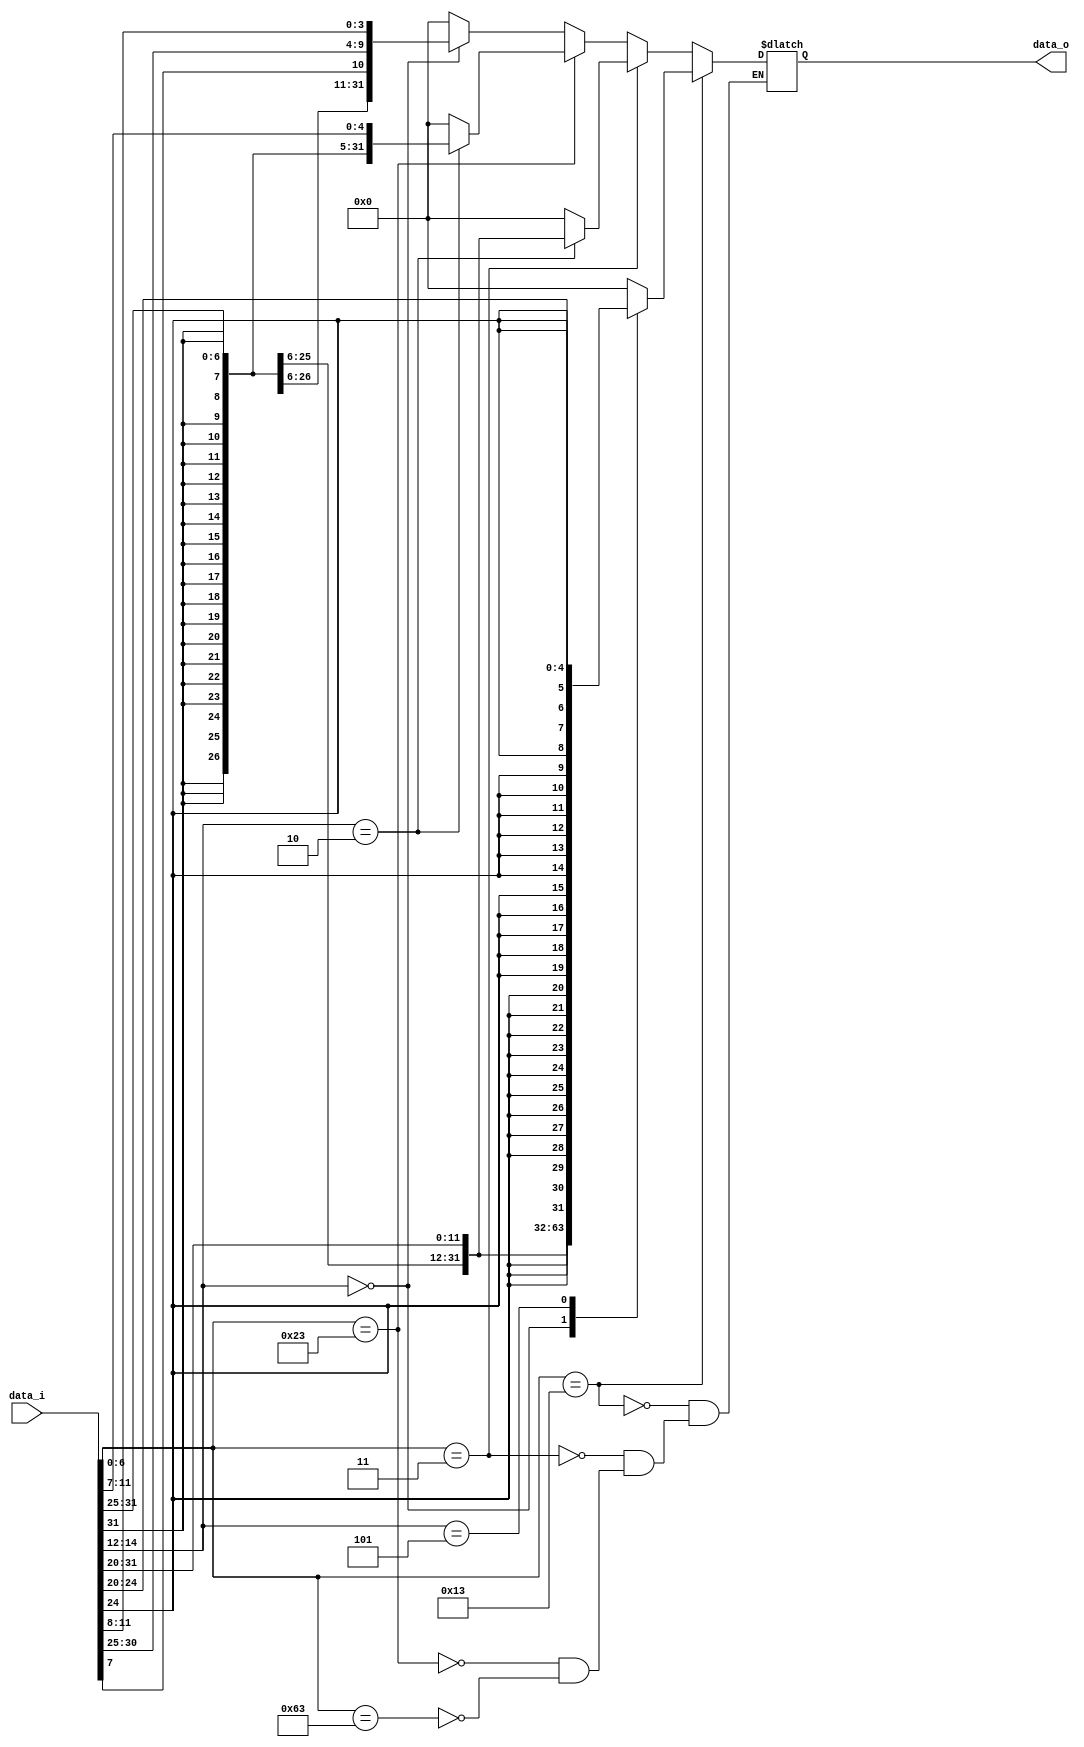
module Immediate_Generator(
    data_i,
    data_o
);

input   [31:0]  data_i;
output  [31:0]  data_o;

reg [31:0]  tmp = 0;

always @ (data_i) begin
    if (data_i[6:0] == 7'b0010011) begin
        case (data_i[14:12])
            3'b000: tmp <= {{21{data_i[31]}}, data_i[30:20]}; // addi
            3'b101: tmp <= {{28{data_i[24]}}, data_i[23:20]}; // srai
            default: tmp <= 0;
        endcase
    end
    else if (data_i[6:0] == 7'b0000011) begin
        case (data_i[14:12])
            3'b010: tmp <= {{21{data_i[31]}}, data_i[30:20]}; // lw
            default: tmp <= 0;
        endcase
    end
    else if (data_i[6:0] == 7'b0100011) begin
        case (data_i[14:12])
            3'b010: tmp <= {{{21{data_i[31]}}, {data_i[30:25]}}, data_i[11:7]}; // sw
            default: tmp <= 0;
        endcase
    end
    else if (data_i[6:0] == 7'b1100011) begin
        case (data_i[14:12])
            3'b000: tmp <= {{{21{data_i[31]}}, data_i[7], {data_i[30:25]}}, data_i[11:8]}; // beq  
            default: tmp <= 0;
        endcase
    end
end

assign data_o = tmp;

endmodule